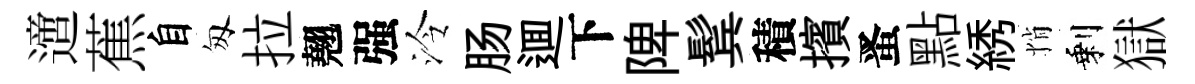
𨗁蕉自匆拉翹强泠肠逥下陴鬂積擯󱉠點綉悄剩獄